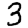
Digit: 3